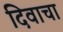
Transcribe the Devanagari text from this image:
दिवाचा